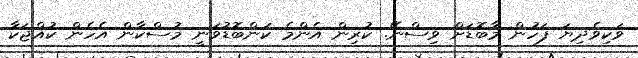
ވަކިވެދިޔަ ފަހުން މާބޮޑަށް ވިސްނޭ. ކުރިން އެންމެ ކަންބޮޑުވަނީ މުސްކާން އެހެން ކުއްޖަކާ